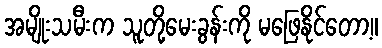
အမျိုးသမီးက သူတို့မေးခွန်းကို မဖြေနိုင်တော့။